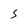
Character: S